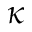
\kappa